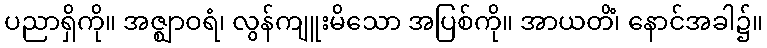
ပညာရှိကို။ အဇ္ဈာဝရံ၊ လွန်ကျူးမိသော အပြစ်ကို။ အာယတိံ၊ နောင်အခါ၌။